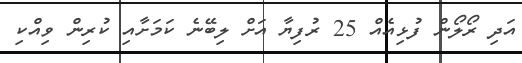
އަދި ރޯލޯން ފުޅިއެއް 25 ރުފިޔާ އަށް ލިބޭނެ ކަމަށާއި ކުރިން ވިއްކި